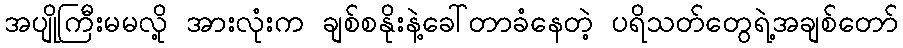
အပျိုကြီးမမလို့ အားလုံးက ချစ်စနိုးနဲ့ခေါ်တာခံနေတဲ့ ပရိသတ်တွေရဲ့အချစ်တော်